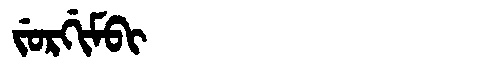
Manchu: ᠵᡠᡵᡤᡳᠮᠪᡳ
Romanization: JURGIMBI